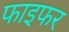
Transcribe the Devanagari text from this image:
फाइफर